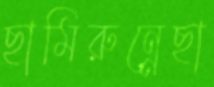
ছামিরুন্নেছা